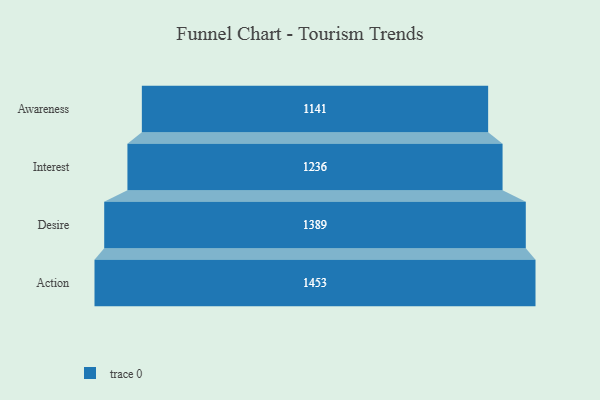
{"axis": {"x": "Stage", "y": "Value"}, "legend": [""], "data": [{"x": "Awareness", "y": 1141.0, "type": ""}, {"x": "Interest", "y": 1236.0, "type": ""}, {"x": "Desire", "y": 1389.0, "type": ""}, {"x": "Action", "y": 1453.0, "type": ""}]}